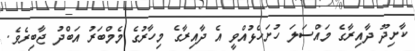
ކާށިދޫ ދާއިރާގެ މައްސަލަ ހުށަހެޅުއްވީ އެ ދާއިރާގެ މިހާރުގެ މެމްބަރު އަބްދު ޖާބިރެވެ.